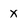
Character: X